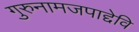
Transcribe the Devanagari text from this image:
गुरुनामजपाद्देवि